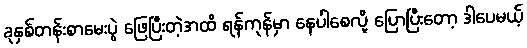
ခုနှစ်တန်းစာမေးပွဲ ဖြေပြီးတဲ့အထိ ရန်ကုန်မှာ နေပါစေလို့ ပြောပြီးတော့ ဒါပေမယ့်